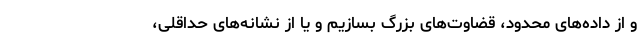
و از داده‌های محدود، قضاوت‌های بزرگ بسازیم و یا از نشانه‌های حداقلی،